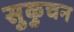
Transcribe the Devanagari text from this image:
सुकुचन